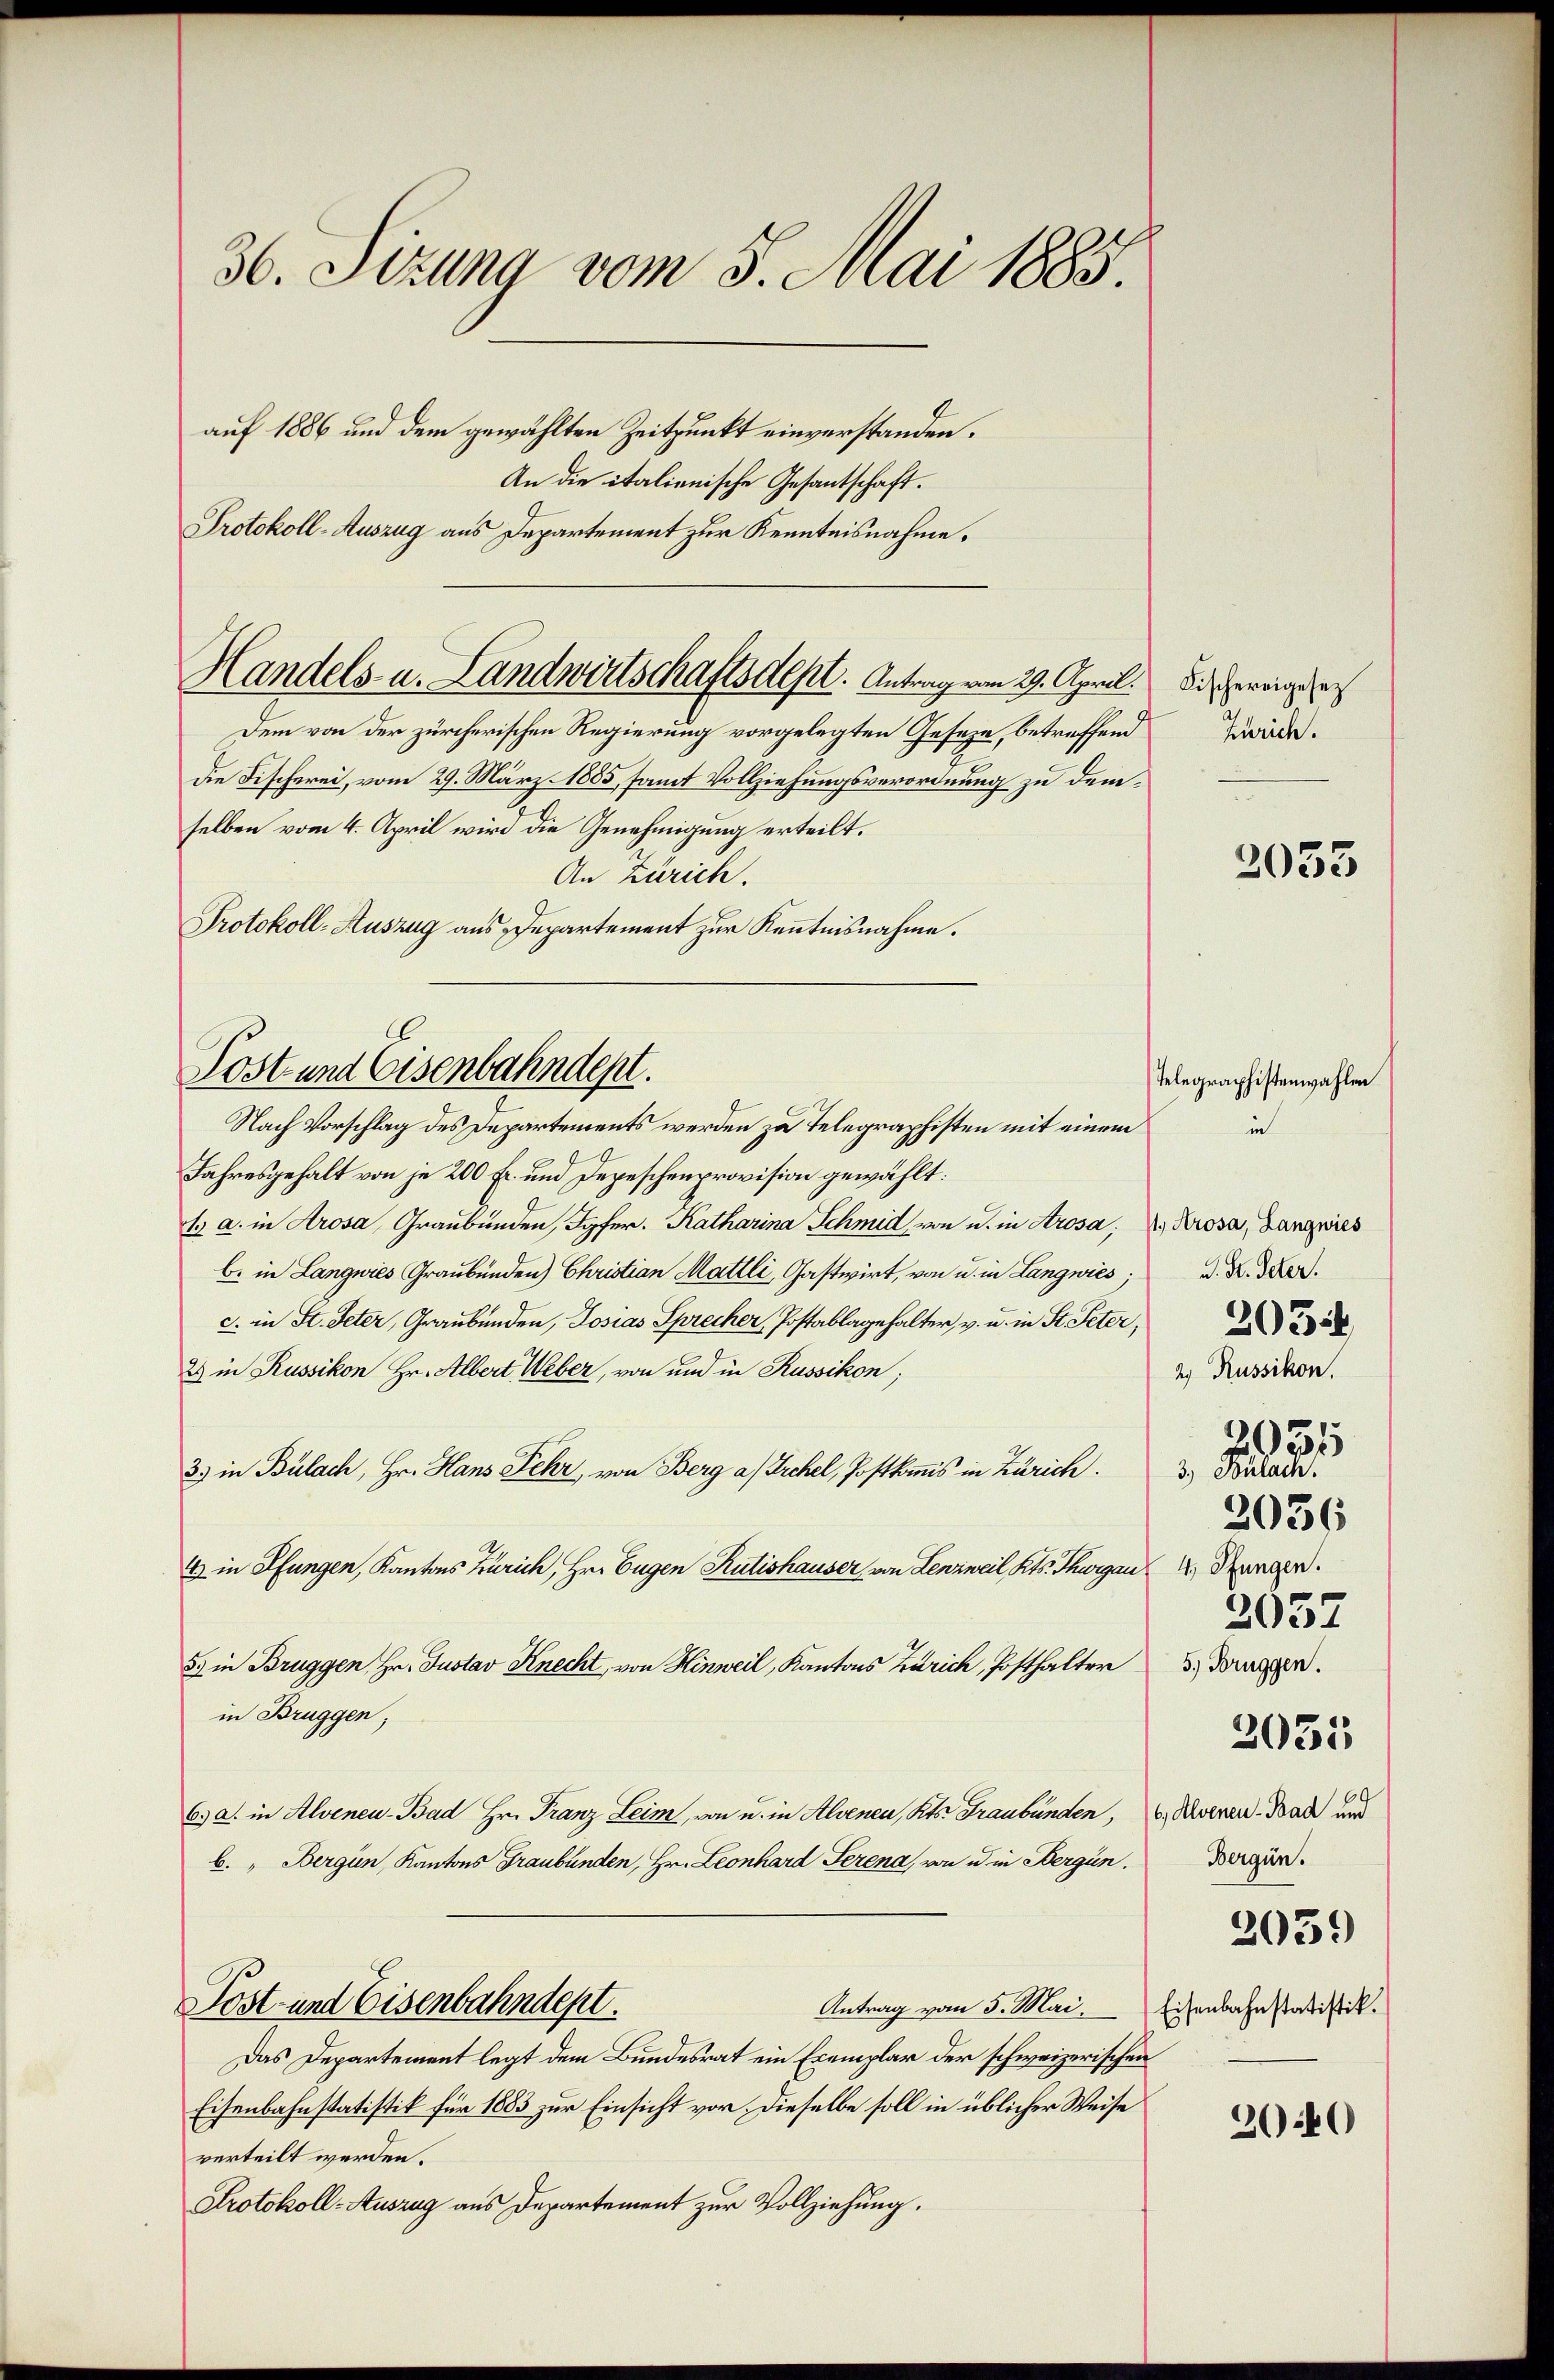
36. Sizung vom 5. Mai 1885.
auf 1886 und dem gewählten Zeitpunkt einverstanden.
An die italienische Gesantschaft.
Protokoll-Auszug aus Departement zur Kenntnisnahme.

Handels- u. Landwirtschaftsdest. Antrag vom 29. April.

Dem von der zürcherischen Regierung vorgelegten Geseze, betreffend
Die Fischerei, vom 29. März 1885, samt Vollziehungsverordnung zu demselben vom 4. April wird die Genehmigung erteilt.
An Zürich.
Protokoll-Auszug aus Departement zur Kenntnisnahme.

Post und Eisenbahndept.

Nach Vorschlag des Departements werden zu Telegraphisten mit einem
Jahresgehalt von je 200 fr. und Depeschenprovision gewählt:
1. a. in Arosa, Graubünden, Topfer. Katharina Schmid von u. in Arosa, 2. Krosa, Langwies
b. in Langwies Graubünden Christian Mattli, Gastwirt, von u. in Langwies;
c. in St. Peter, Graubünden, Josias Sprecher, Postablagehalter, v. u. in St. Peter,
2 in Russikon Hr. Albert Weber, von und in Russikon;
33 in Bülach, Hr. Hans Fehr, von Berg a/Irchel, Postkommis in Zürich.
4 in Pfungen, Kantons Zürich, Hr. Eugen Rütishauser von Lenzweil Kts. Thurgau, Bürger
5. in Bruggen, Hr. Justav Knecht, von Hinweil, Kantons Zürich, Posthalter
in Bruggen;
6 a. in Alveneu- Bad Hr. Franz Leim, von u. in Alvenen, Kts. Graubünden,
b. „Bergün, Kantons Graubünden, Hr. Leonhard Serena von u in Bergün
Post- und Eisenbahndept.
Antrag vom 5. Mai.
Das Departement legt dem Bundesrat ein Exemplar der schweizerischen
Eisenbahnstatistik für 1883 zur Einsicht vor dieselbe soll in üblicher Weise
verteilt werden.
Protokoll-Auszug aus Departement zur Vollziehung.

Fischereigesez
Zürich.

2033

Telegraphistenwahlen
in

J. St. Peter.
2) Russikon.
3.) Bülach.
5) Bruggen.
2035
69
6, Alvenen - Bad und
Bergün.
2039
Eisenbahnstatistik.

2034

2031

2036

2037

2040